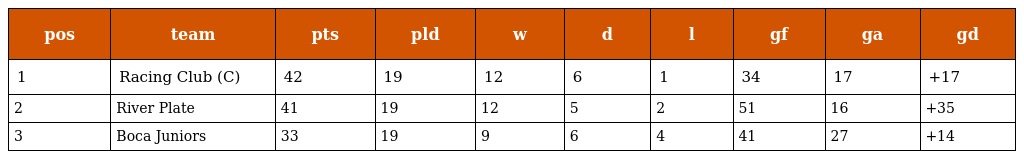
| pos | team | pts | pld | w | d | l | gf | ga | gd |
 | --- | --- | --- | --- | --- | --- | --- | --- | --- | --- |
 | 1 | Racing Club (C) | 42 | 19 | 12 | 6 | 1 | 34 | 17 | +17 |
 | 2 | River Plate | 41 | 19 | 12 | 5 | 2 | 51 | 16 | +35 |
 | 3 | Boca Juniors | 33 | 19 | 9 | 6 | 4 | 41 | 27 | +14 |